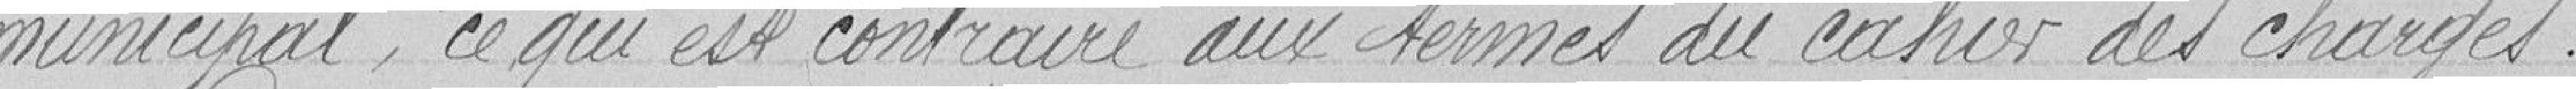
municipal, ce qui est contraire aux termes du cahier des charges.